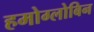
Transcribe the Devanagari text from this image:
हमोग्लोबिन